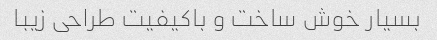
بسیار خوش ساخت و باکیفیت طراحی زیبا